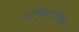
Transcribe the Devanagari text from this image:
अभिहस्तांकिनी